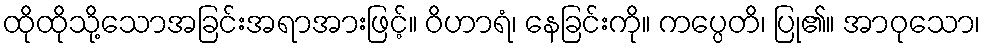
ထိုထိုသို့သောအခြင်းအရာအားဖြင့်။ ဝိဟာရံ၊ နေခြင်းကို။ ကပ္ပေတိ၊ ပြု၏။ အာဝုသော၊